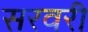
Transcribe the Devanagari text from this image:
सरवरी